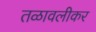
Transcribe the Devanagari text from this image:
तळावलीकर